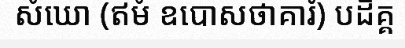
សំឃោ (ឥមំ ឧបោសថាគារំ) បដិគ្គ